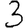
Digit: 3